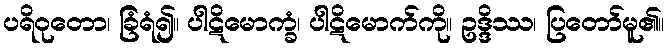
ပရိဝုတော၊ ခြံရံ၍။ ပါဋိမောက္ခံ၊ ပါဋိမောက်ကို။ ဥဒ္ဒိဿ၊ ပြတော်မူ၏။